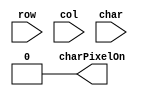
module GPUCharDecoder(row, col, char, charPixelOn);
	input [3:0] row;
	input [2:0] col;
	input [7:0] char;
	output charPixelOn;
	
	// TODO
	assign charPixelOn = 1'b0;
endmodule